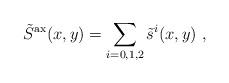
LaTeX: \begin{align*}\tilde{S}^{\rm ax}(x,y)= \sum _{i=0,1,2}\tilde{s}^{i}(x,y) \ ,\end{align*}